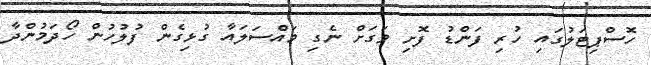
ހޮސްޕިޓަލުގައި ހުރި ފަންޑު ފޮށި ވަގަށް ނެގި މައްސަލައާ ގުޅިގެން ފުލުހުން ހޯދަމުންދާ